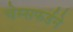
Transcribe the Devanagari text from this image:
चेम्सफर्डने